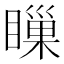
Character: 𥊌